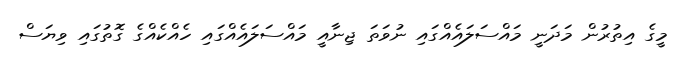
މީގެ އިތުރުން މަދަނީ މައްސަލައެއްގައި ނުވަތަ ޖިނާއީ މައްސަލައެއްގައި ހެއްކެއްގެ ގޮތުގައި ވިޔަސް